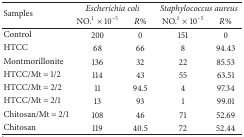
<table><thead><tr><td rowspan="2"><b>Samples</b></td><td colspan="2"><b><i>Escherichia coli </i></b></td><td colspan="2"><b><i>Staphylococcus aureus </i></b></td></tr><tr><td><b>NO.<sup>1</sup>× 10<sup>−5</sup></b></td><td><b><i>R</i>%</b></td><td><b>NO.<sup>1</sup>× 10<sup>−5</sup></b></td><td><b><i>R</i>%</b></td></tr></thead><tbody><tr><td>Control</td><td>200</td><td>0</td><td>151</td><td>0</td></tr><tr><td>HTCC</td><td>68</td><td>66</td><td>8</td><td>94.43</td></tr><tr><td>Montmorillonite</td><td>136</td><td>32</td><td>22</td><td>85.53</td></tr><tr><td>HTCC/Mt = 1/2</td><td>114</td><td>43</td><td>55</td><td>63.51</td></tr><tr><td>HTCC/Mt = 2/2</td><td>11</td><td>94.5</td><td>4</td><td>97.34</td></tr><tr><td>HTCC/Mt = 2/1</td><td>13</td><td>93</td><td>1</td><td>99.01</td></tr><tr><td>Chitosan/Mt = 2/1</td><td>108</td><td>46</td><td>71</td><td>52.69</td></tr><tr><td>Chitosan</td><td>119</td><td>40.5</td><td>72</td><td>52.44</td></tr></tbody></table>